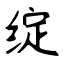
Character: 绽